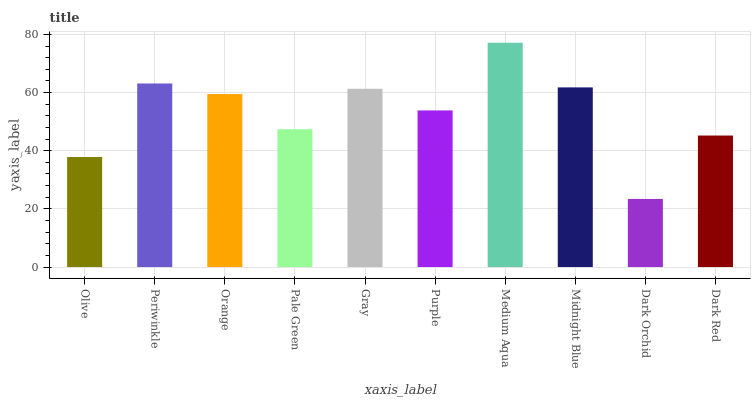
| xaxis_label | bars |
 | --- | --- |
 | Olive | 37.8 |
 | Periwinkle | 63.1 |
 | Orange | 59.5 |
 | Pale Green | 47.4 |
 | Gray | 61.3 |
 | Purple | 53.9 |
 | Medium Aqua | 77.1 |
 | Midnight Blue | 61.8 |
 | Dark Orchid | 23.4 |
 | Dark Red | 45.2 |